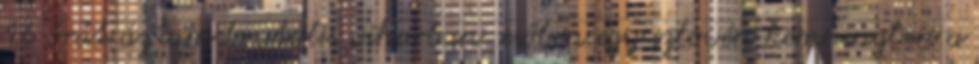
16 órát áztam brutális viharban esőben egy szlovén kempingben a